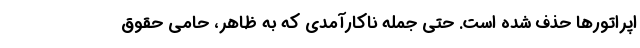
اپراتورها حذف شده است. حتی جمله‌ ناکارآمدی که به ظاهر، حامی حقوق